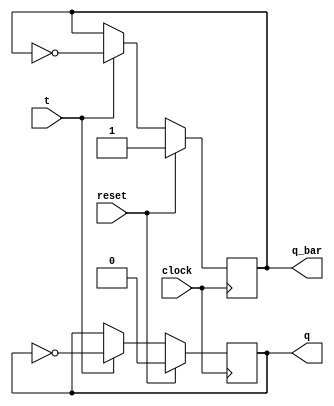
module t_flip_flop(input wire t, clock, reset, output reg q, q_bar);
  always @(posedge clock)
  begin
    if (reset)
      begin
      q=1'b0;
      q_bar=1'b1;
      end
    else
      begin
        if (t)
          begin
          q=~q;
          q_bar=~q_bar;
          end
        else
          begin
          q=q;
          q_bar=q_bar;
          end
      end
  end
endmodule